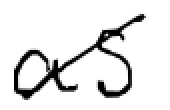
Text: as
Cross-out: diagonal
Writing tool: digital_black